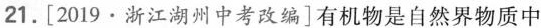
21.[2019·浙江湖州中考改编]有机物是自然界物质中